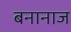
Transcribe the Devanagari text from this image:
बनानाज